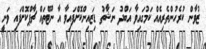
ޒުވާން ކުރެހުންތެރިއެއް ކަމުގައިވާ އަބްދު ނަޝާތު ޑިޒައިންކޮށްފައިވާ އާ ނޫޓްތައް ޗާޕްކޮށްފައި ވަނީ